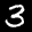
Label: 3